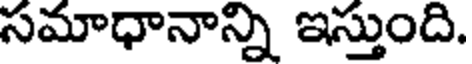
సమాధానాన్ని ఇస్తుంది.